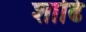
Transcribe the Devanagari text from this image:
शाढि